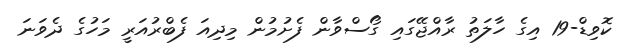
ކޮވިޑް-19 އިގެ ހާލަތު ރާއްޖޭގައި ގޯސްވާން ފެށުމުން މިދިއަ ފެބްރުއަރީ މަހުގެ ދެވަނަ